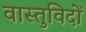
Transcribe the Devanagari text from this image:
वास्‍तुविदों